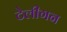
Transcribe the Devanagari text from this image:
टेलीगन